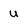
Character: U